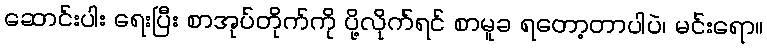
ဆောင်းပါး ရေးပြီး စာအုပ်တိုက်ကို ပို့လိုက်ရင် စာမူခ ရတော့တာပါပဲ၊ မင်းရော။